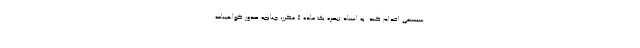
سیستمی اقدام کند. به استاد تبصره یک ماده ۵ مکرر، چنانچه صدور گواهینامه